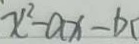
x ^ { 2 } - a x - b c